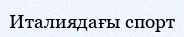
Италиядағы спорт